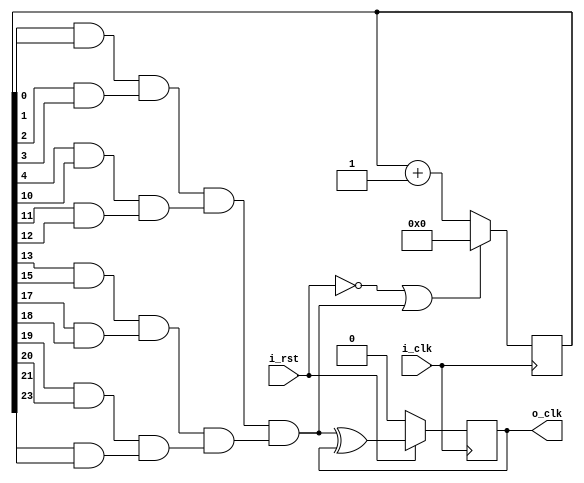
/*
Date: 05/09/2019
Name: Dang Tuan Kiet
Desciption: Module Clock Divider from 50MHz to 2Hz
*/
module clock_div(i_clk,
                 i_rst,
					       o_clk,
					       );
input i_clk;
input i_rst;
output o_clk;

wire time_up;
wire temp;
reg o_clk;
reg [23:0] counter;

//Counter flipflop
always @(posedge i_clk) begin
  if(~i_rst | time_up) begin
    counter <= 24'd0;
  end
  else begin 
		counter <= counter + 1'd1;
	end
end

//Output clock flipflop
always @(posedge i_clk) begin
  if(~i_rst) begin
      o_clk <= 1'b0;
  end
	else begin
	    o_clk <= temp;
	end
end

//time_up = (counter == 12499999)
assign time_up = ( ((counter[0]&counter[1])   & (counter[2] &counter[3]) )& 
				           ((counter[4]&counter[10])  & (counter[11]&counter[12])) )&				         
					       ( ((counter[13]&counter[15]) & (counter[17]&counter[18]))&
					         ((counter[19]&counter[20]) & (counter[21]&counter[23])) );

assign temp = time_up ^ o_clk;

endmodule